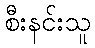
စီးနင်းသူ